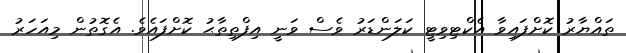
ތައްޔާރު ކޮށްފައިވާ އެކްޓިވިޓީ ކަލަންޑަރު ވެސް ވަނީ އިފްތިތާޙު ކޮށްފައެވެ. އެގޮތުން މިއަހަރު